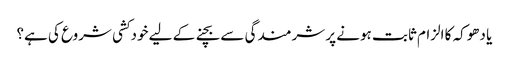
یا دھوکہ کا الزام ثابت ہونے پر شرمندگی سے بچنے کے لیے خودکشی شروع کی ہے؟